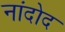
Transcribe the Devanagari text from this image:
नांदोद